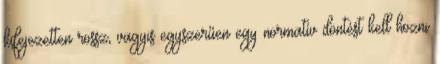
kifejezetten rossz, vagyis egyszerűen egy normatív döntést kell hozni